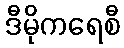
ဒီမိုကရေစီ